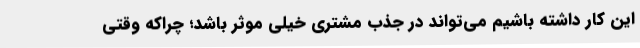
این کار داشته باشیم می‌تواند در جذب مشتری خیلی موثر باشد؛ چراکه وقتی